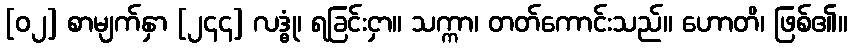
[၀၂] စာမျက်နှာ [၂၄၄] လဒ္ဓုံ၊ ရခြင်းငှာ။ သက္ကာ၊ တတ်ကောင်းသည်။ ဟောတိ၊ ဖြစ်၏။